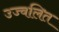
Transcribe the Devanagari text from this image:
उज्वलित